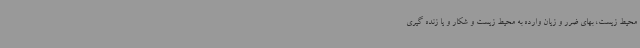
محیط زیست، بهای ضرر و زیان وارده به محیط زیست و شکار و یا زنده گیری